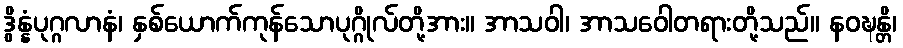
ဒွိန္နံပုဂ္ဂလာနံ၊ နှစ်ယောက်ကုန်သောပုဂ္ဂိုလ်တို့အား။ အာသဝါ၊ အာသဝေါတရားတို့သည်။ နဝဍ္ဎန္တိ၊